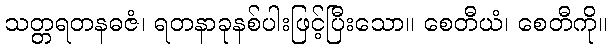
သတ္တရတနဓဇံ၊ ရတနာခုနစ်ပါးဖြင့်ပြီးသော။ စေတီယံ၊ စေတီကို။